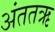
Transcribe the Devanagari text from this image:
अंततऋ